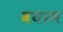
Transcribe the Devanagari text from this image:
बयरम